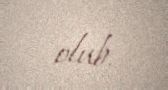
olub.